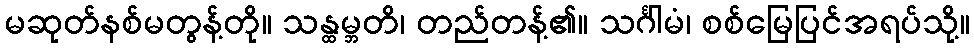
မဆုတ်နစ်မတွန့်တို။ သန္ထမ္ဘတိ၊ တည်တန့်၏။ သင်္ဂါမံ၊ စစ်မြေပြင်အရပ်သို့။